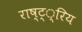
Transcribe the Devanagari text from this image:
राष्ट््रिय